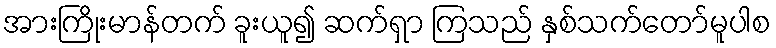
အားကြိုးမာန်တက် ခူးယူ၍ ဆက်ရှာ ကြသည် နှစ်သက်တော်မူပါစ